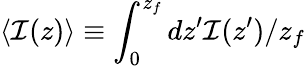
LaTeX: \langle\mathcal{I}(z)\rangle\equiv\int_{0}^{z_{f}}dz^{\prime}\mathcal{I}(z^{\prime})/z_{f}